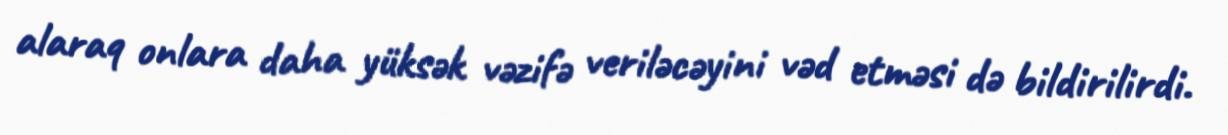
alaraq onlara daha yüksək vəzifə veriləcəyini vəd etməsi də bildirilirdi.